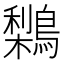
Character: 𪅌